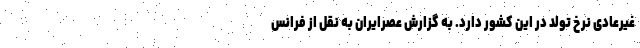
غیرعادی نرخ تولد در این کشور دارد. به گزارش عصرایران به نقل از فرانس